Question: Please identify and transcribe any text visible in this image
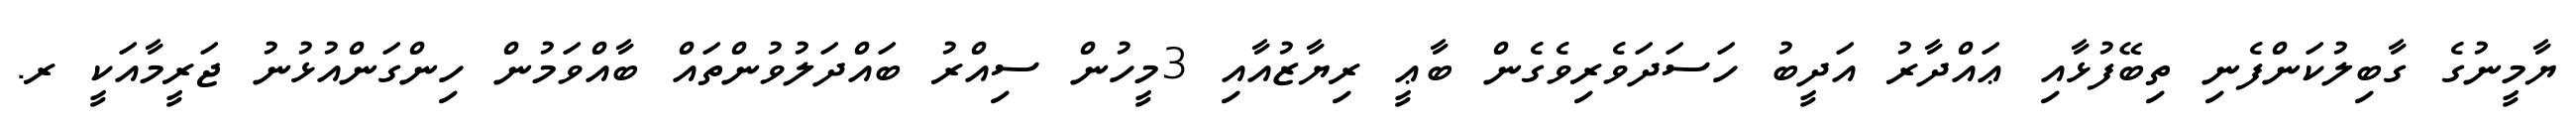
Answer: ޔާމީނުގެ ގާބިލުކަންފެނި ތިބޭފުޅާއި ޢައްދާރު އަދީބު ހަސަދަވެރިވެގެން ބާޢީ ރިޔާޒުއާއި 3މީހުން ސިއްރު ބައްދަލުވުންތައް ބާއްވަމުން ހިންގަންއުޅުނު ޖަރީމާއަކީ ރ.